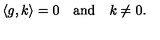
\langle g , k \rangle = 0 \quad \mathrm { a n d } \quad k \not = 0 .